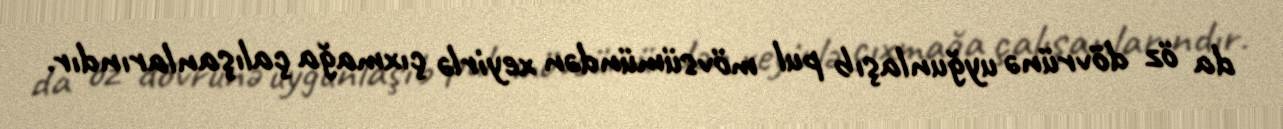
da öz dövrünə uyğunlaşıb pul mövsümündən xeyirlə çıxmağa çalışanlarındır.